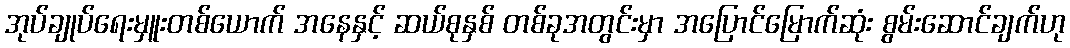
အုပ်ချုပ်ရေးမှူးတစ်ယောက် အနေနှင့် ဆယ်စုနှစ် တစ်ခုအတွင်းမှာ အပြောင်မြောက်ဆုံး စွမ်းဆောင်ချက်ဟု